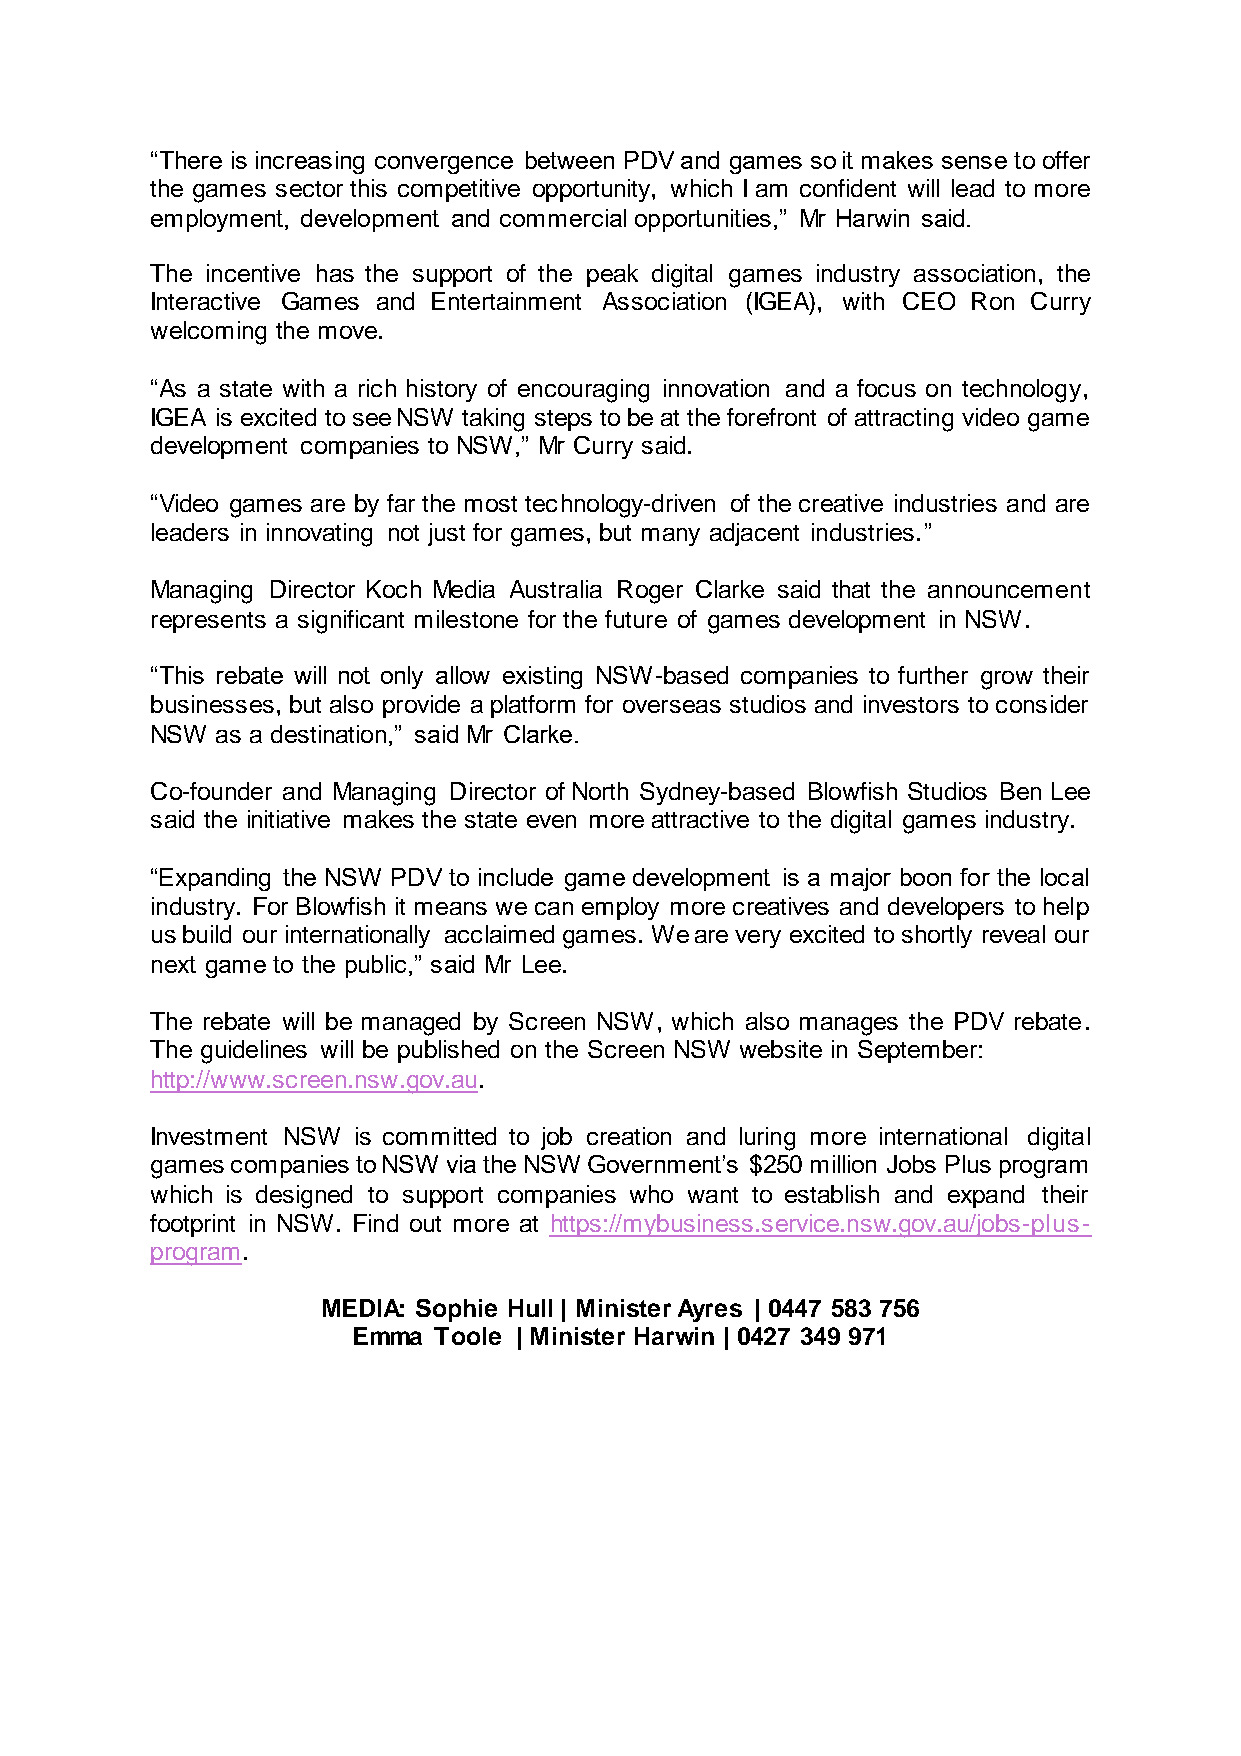
“There is increasing convergence between PDV and games so it makes sense to offer
 the games sector this competitive opportunity, which I am confident will lead to more
 employment, development and commercial opportunities,” Mr Harwin said.
 The incentive has the support of the peak digital games industry association, the
 Interactive Games and Entertainment Association (IGEA), with CEO Ron Curry
 welcoming the move.
 “As a state with a rich history of encouraging innovation and a focus on technology,
 IGEA is excited to see NSW taking steps to be at the forefront of attracting video game
 development companies to NSW,” Mr Curry said.
 “Video games are by far the most technology-driven of the creative industries and are
 leaders in innovating not just for games, but many adjacent industries.”
 Managing Director Koch Media Australia Roger Clarke said that the announcement
 represents a significant milestone for the future of games development in NSW.
 “This rebate will not only allow existing NSW-based companies to further grow their
 businesses, but also provide a platform for overseas studios and investors to consider
 NSW as a destination,” said Mr Clarke.
 Co-founder and Managing Director of North Sydney-based Blowfish Studios Ben Lee
 said the initiative makes the state even more attractive to the digital games industry.
 “Expanding the NSW PDV to include game development is a major boon for the local
 industry. For Blowfish it means we can employ more creatives and developers to help
 us build our internationally acclaimed games. We are very excited to shortly reveal our
 next game to the public,” said Mr Lee.
 The rebate will be managed by Screen NSW, which also manages the PDV rebate.
 The guidelines will be published on the Screen NSW website in September:
 http://www.screen.nsw.gov.au.
 Investment NSW is committed to job creation and luring more international digital
 games companies to NSW via the NSW Government’s $250 million Jobs Plus program
 which is designed to support companies who want to establish and expand their
 footprint in NSW. Find out more at https://mybusiness.service.nsw.gov.au/jobs-plus-
 program.
 MEDIA: Sophie Hull | Minister Ayres | 0447 583 756
 Emma  Toole | Minister Harwin | 0427 349 971